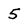
Character: 5